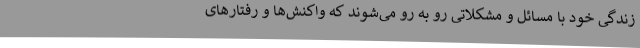
زندگی خود با مسائل و مشکلاتی رو به رو می‌شوند که واکنش‌ها و رفتارهای